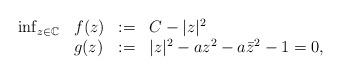
LaTeX: \begin{align*}\begin{array}{llcl} \inf_{z \in \mathbb{C}} & f(z) & := & C - |z|^2 \\ & g(z) & := & |z|^2 - a z^2 - a \bar{z}^2 - 1 = 0,\end{array}\end{align*}